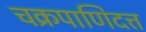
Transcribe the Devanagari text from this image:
चक्रपाणिदत्त